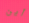
أين